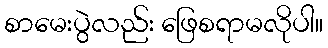
စာမေးပွဲလည်း ဖြေစရာမလိုပါ။